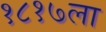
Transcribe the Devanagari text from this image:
१८१७ला